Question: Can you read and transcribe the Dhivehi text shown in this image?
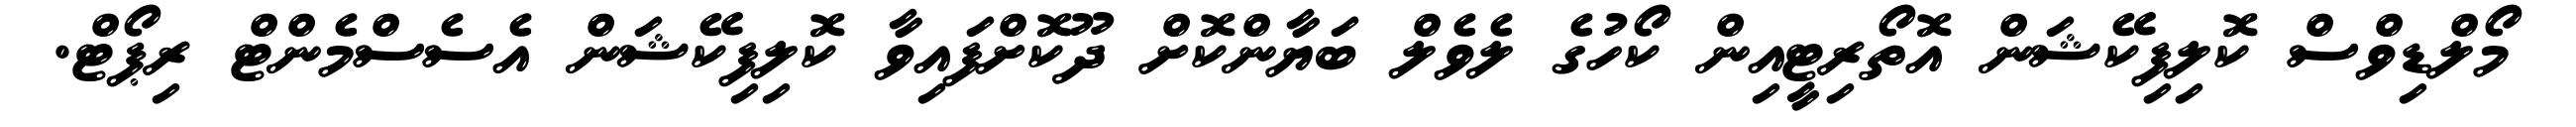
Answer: މޯލްޑިވްސް ކޮލިފިކޭޝަން އޮތޯރިޓީއިން ކޯހުގެ ލެވެލް ބަޔާންކޮށް ދޫކޮށްފައިވާ ކޮލިފިކޭޝަން އެސެސްމެންޓް ރިޕޯޓް.